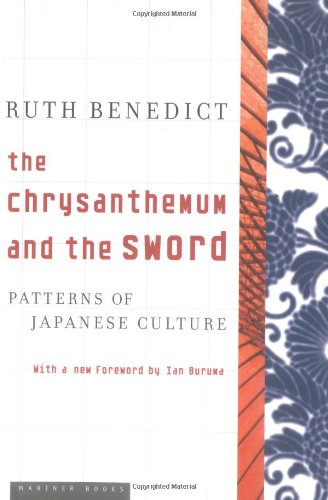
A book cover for The Chrysanthemum and the Sword; Ruth Benedict; Science & Math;